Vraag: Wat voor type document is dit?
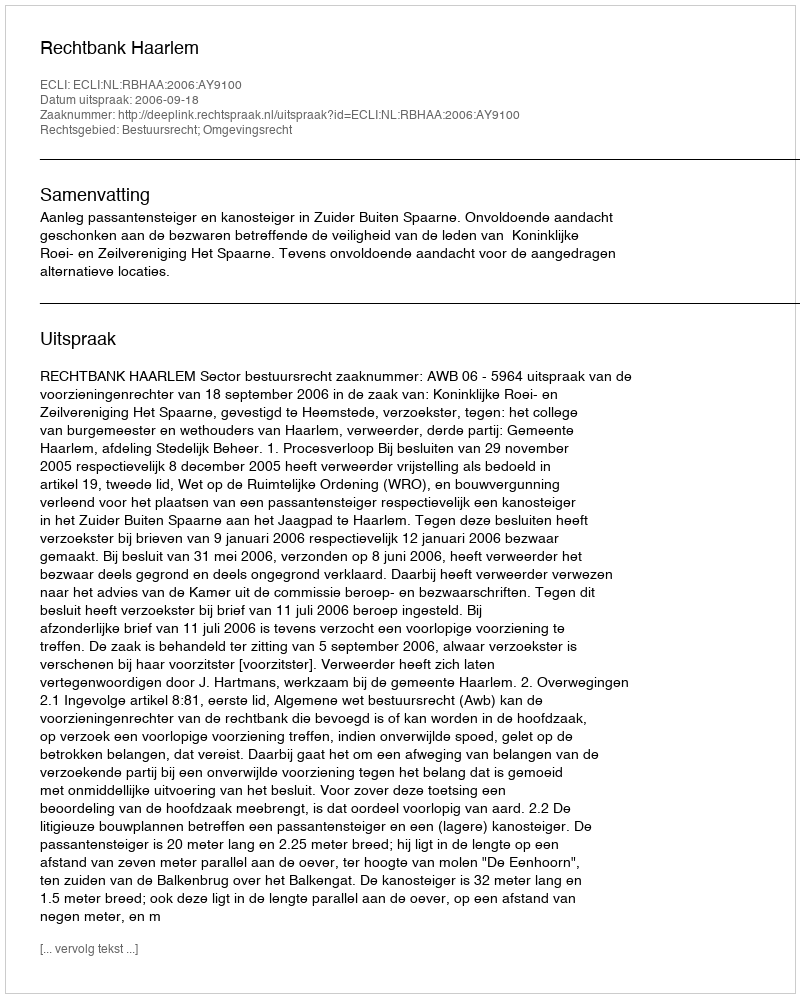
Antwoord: Uitspraak